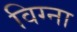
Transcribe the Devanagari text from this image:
विग्ना